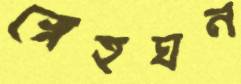
স্নেহঘন